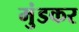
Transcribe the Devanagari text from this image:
मुंडकर